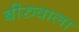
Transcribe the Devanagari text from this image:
बीरुवाला